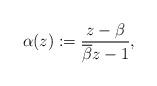
LaTeX: \begin{align*} \alpha (z):=\frac{z-\beta}{\overline{\beta}z-1},\end{align*}